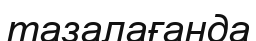
тазалағанда